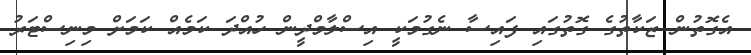
އެގޮތުން ޒަކާތުގެ ގޮތުގައި ފައިސާ ނެގުމަކީ އިސްލާމްދީން ހުއްދަ ކަމެއް ކަމަށް މިނިސްޓަރު